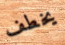
يخطف